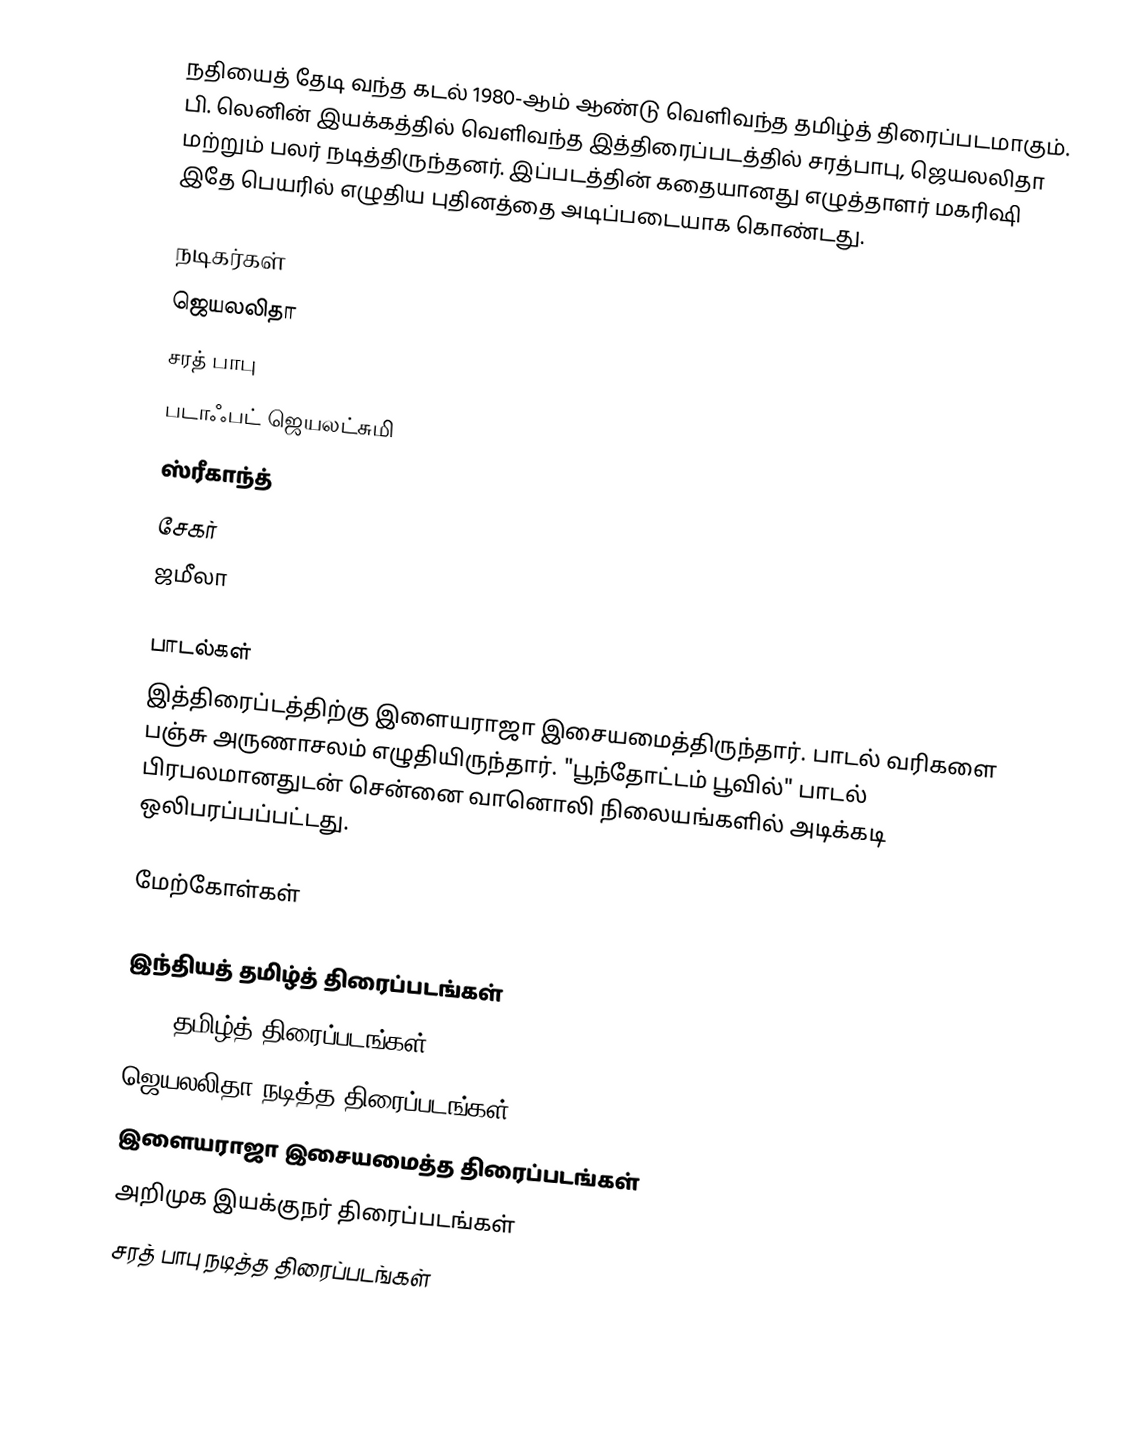
நதியைத் தேடி வந்த கடல் 1980-ஆம் ஆண்டு வெளிவந்த தமிழ்த் திரைப்படமாகும். பி. லெனின் இயக்கத்தில் வெளிவந்த இத்திரைப்படத்தில் சரத்பாபு, ஜெயலலிதா மற்றும் பலர் நடித்திருந்தனர். இப்படத்தின் கதையானது எழுத்தாளர் மகரிஷி இதே பெயரில் எழுதிய புதினத்தை அடிப்படையாக கொண்டது.

நடிகர்கள்
 ஜெயலலிதா
 சரத் பாபு
 படாஃபட் ஜெயலட்சுமி
 ஸ்ரீகாந்த்
 சேகர்
 ஜமீலா

பாடல்கள்
இத்திரைப்டத்திற்கு இளையராஜா இசையமைத்திருந்தார். பாடல் வரிகளை பஞ்சு அருணாசலம்  எழுதியிருந்தார். "பூந்தோட்டம் பூவில்" பாடல் பிரபலமானதுடன் சென்னை வானொலி நிலையங்களில் அடிக்கடி ஒலிபரப்பப்பட்டது.

மேற்கோள்கள்

இந்தியத் தமிழ்த் திரைப்படங்கள்
1980 தமிழ்த் திரைப்படங்கள்
ஜெயலலிதா நடித்த திரைப்படங்கள்
இளையராஜா இசையமைத்த திரைப்படங்கள்
அறிமுக இயக்குநர் திரைப்படங்கள்
சரத் பாபு நடித்த திரைப்படங்கள்